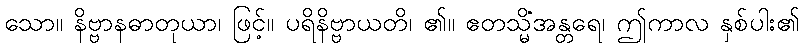
သော။ နိဗ္ဗာနဓာတုယာ၊ ဖြင့်။ ပရိနိဗ္ဗာယတိ၊ ၏။ ဧတသ္မိံအန္တရေ၊ ဤကာလ နှစ်ပါး၏